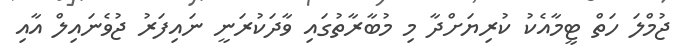
ޖުމްލަ ހަތް ޓީމާއެކު ކުރިޔަށްދާ މި މުބާރާތުގައި ވާދަކުރަނީ ނައިފަރު ޖުވެނައިލް އާއި